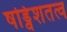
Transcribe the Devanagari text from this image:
षड्विंशतत्व